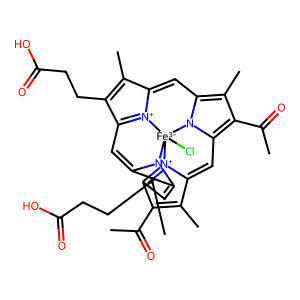
SMILES: CC(=O)C1=C(C)C2=Cc3c(C(C)=O)c(C)c4n3[Fe-3]35(Cl)n6c(c(C)c(CCC(=O)O)c6=CC6=[N+]3C(=C4)C(C)=C6CCC(=O)O)=CC1=[N+]25
Inhibits HIV replication: Yes